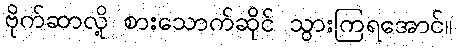
ဗိုက်ဆာလို့ စားသောက်ဆိုင် သွားကြရအောင်။